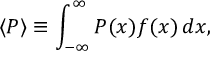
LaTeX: \langle P \rangle \equiv \int _ { - \infty } ^ { \infty } P ( x ) f ( x ) \, d x ,